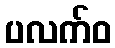
ပလက်ဝ